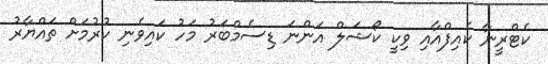
ކެޓްރީނާ ކެއިފްއާއި ވިކީ ކޯޝަލް އަންނަ ޑިސެމްބަރު މަހު ކައިވެނި ކުރުމަށް ތައްޔާރު